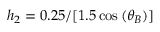
h _ { 2 } = 0 . 2 5 / [ 1 . 5 \cos { ( \theta _ { B } ) ] }